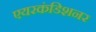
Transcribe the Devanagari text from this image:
एयरकंडिशनर